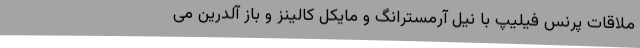
ملاقات پرنس فیلیپ با نیل آرمسترانگ و مایکل کالینز و باز آلدرین می